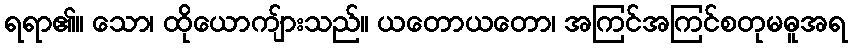
ရရာ၏။ သော၊ ထိုယောကျ်ားသည်။ ယတောယတော၊ အကြင်အကြင်စတုမဓူအရ